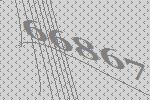
66867